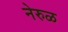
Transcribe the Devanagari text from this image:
नेरुळ